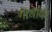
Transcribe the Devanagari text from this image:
गाथांवर